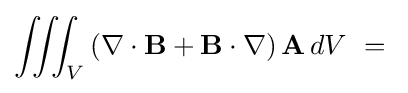
\iiint _{V}\left(\nabla \cdot \mathbf {B} +\mathbf {B} \cdot \nabla \right)\mathbf {A} \,dV\ =\